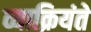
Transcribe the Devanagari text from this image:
व्याक्रियंते